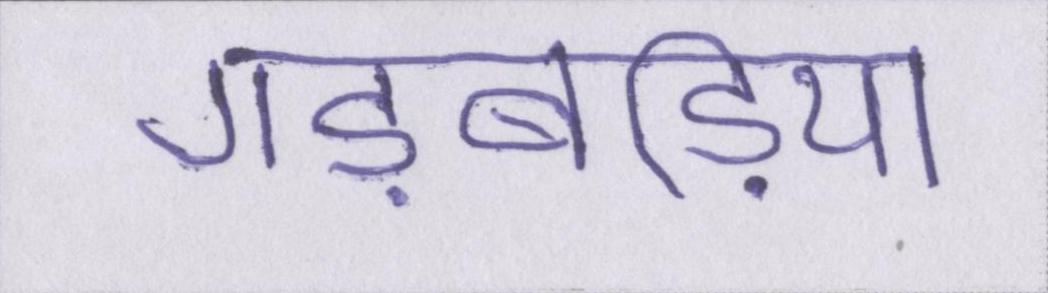
गड़बड़ियां